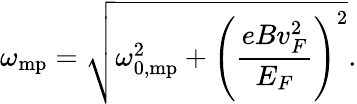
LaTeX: \omega_{\mathrm{mp}}=\sqrt{\omega_{\mathrm{0,mp}}^{2}+\left(\frac{eBv_{F}^{2}}{E_{F}}\right)^{2}}.